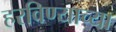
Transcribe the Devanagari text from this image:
हरविण्याच्या